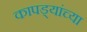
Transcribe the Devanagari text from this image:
कापड्यांच्या